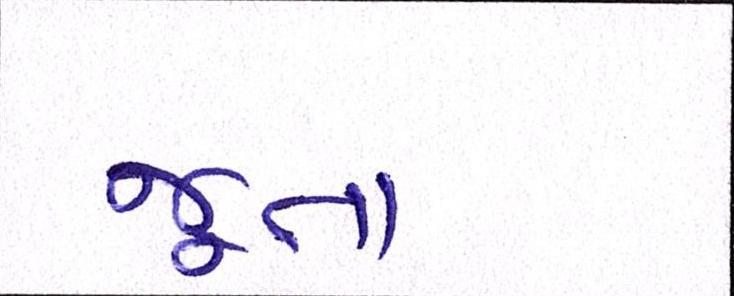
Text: જૂતા